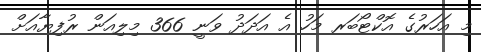
މި އަހަރުގެ އޮކްޓޯބަރ މަހު އެ އަދަދު ވަނީ 366 މިލިއަން ރުފިޔާއަށް